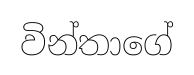
වින්තාගේ